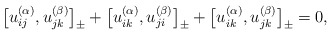
\begin{align*} \big[u_{ij}^{(\alpha)}, u_{jk}^{(\beta)}\big]_{\pm}+ \big[u_{ik}^{(\alpha)},u_{ji}^{(\beta)}\big]_{\pm}+ \big[u_{ik}^{(\alpha)},u_{jk}^{(\beta)}\big]_{\pm}=0,\end{align*}